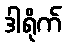
ဒါရိုက်